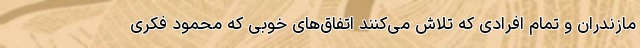
مازندران و تمام افرادی که تلاش می‌کنند اتفاق‌های خوبی که محمود فکری